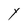
Character: Y